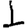
Digit: 1